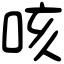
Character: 咳